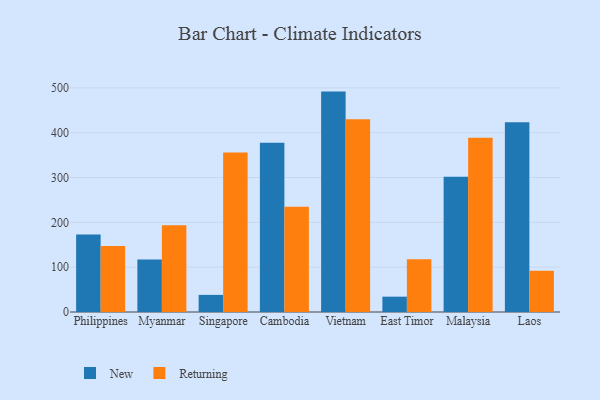
{"axis": {"x": "Country", "y": "Demand Index"}, "legend": ["New", "Returning"], "data": [{"x": "Philippines", "y": 173.1, "type": "New"}, {"x": "Philippines", "y": 147.1, "type": "Returning"}, {"x": "Myanmar", "y": 116.9, "type": "New"}, {"x": "Myanmar", "y": 193.7, "type": "Returning"}, {"x": "Singapore", "y": 38.2, "type": "New"}, {"x": "Singapore", "y": 355.6, "type": "Returning"}, {"x": "Cambodia", "y": 377.6, "type": "New"}, {"x": "Cambodia", "y": 235.0, "type": "Returning"}, {"x": "Vietnam", "y": 491.7, "type": "New"}, {"x": "Vietnam", "y": 430.1, "type": "Returning"}, {"x": "East Timor", "y": 34.2, "type": "New"}, {"x": "East Timor", "y": 117.8, "type": "Returning"}, {"x": "Malaysia", "y": 301.8, "type": "New"}, {"x": "Malaysia", "y": 388.8, "type": "Returning"}, {"x": "Laos", "y": 423.6, "type": "New"}, {"x": "Laos", "y": 92.0, "type": "Returning"}]}